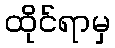
ထိုင်ရာမှ